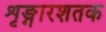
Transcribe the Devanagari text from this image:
शृङ्गारशतक